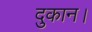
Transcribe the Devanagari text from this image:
दुकान।